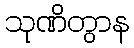
သုဏိတွာန